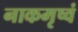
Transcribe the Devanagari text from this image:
नाकमृष्वं